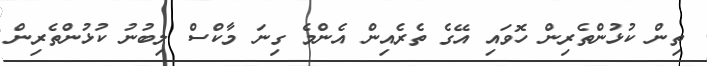
ތިން ކުޅުންތެރިން ހޮވައި އޭގެ ތެރެއިން އެންމެ ގިނަ މާކްސް ލިބުނު ކުޅުންތެރިން